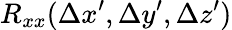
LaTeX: R_{xx}(\Delta x^{\prime},\Delta y^{\prime},\Delta z^{\prime})